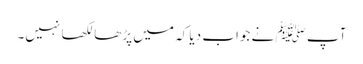
آپ ﷺ نے جواب دیا کہ میں پڑھا لکھا نہیں۔